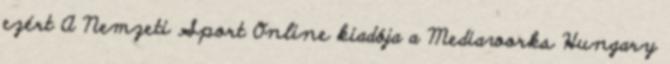
ezért A Nemzeti Sport Online kiadója a Mediaworks Hungary